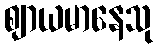
ဈာယမာနေသု